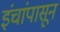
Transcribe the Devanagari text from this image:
इंचांपासून